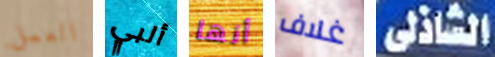
العمل ألبي أنها غلاف الشاذلى